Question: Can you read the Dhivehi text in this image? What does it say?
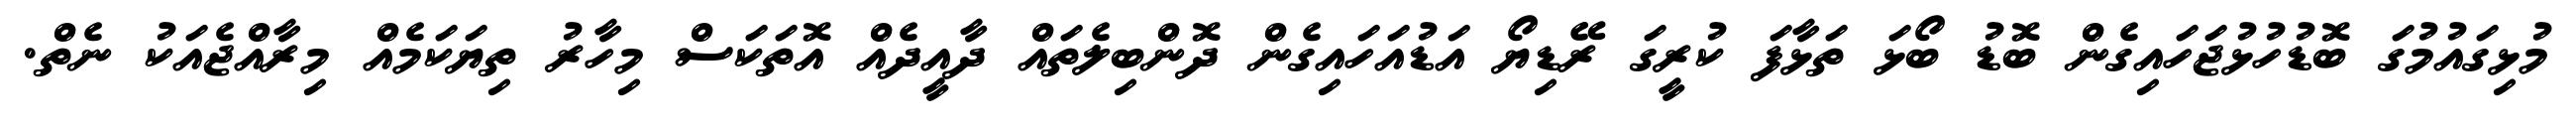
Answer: މުޅިގައުމުގަ ބޮޑުހުޅުޖަހައިގެން ބޮޑު ބޯޅަ ތަޅާފަ ކުރީގަ ރޭޑިޔޯ އަޑުއަހައިގެން ދޮންބިލެތައް ދާއީދެއް އޮތަކަސް މިހާރު ތިޔަކަމެއް މިރާއްޖެއަކު ނެތް.